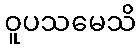
ဝူပသမေသိ